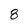
Character: 8